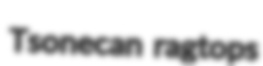
Tsonecan ragtops